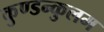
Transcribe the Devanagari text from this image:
कुण्डन्कुलम